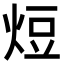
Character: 𭴧